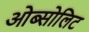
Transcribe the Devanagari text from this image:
ओब्सोलिट